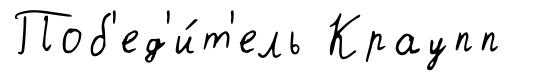
Поб'ед'и́т'ель Краупп